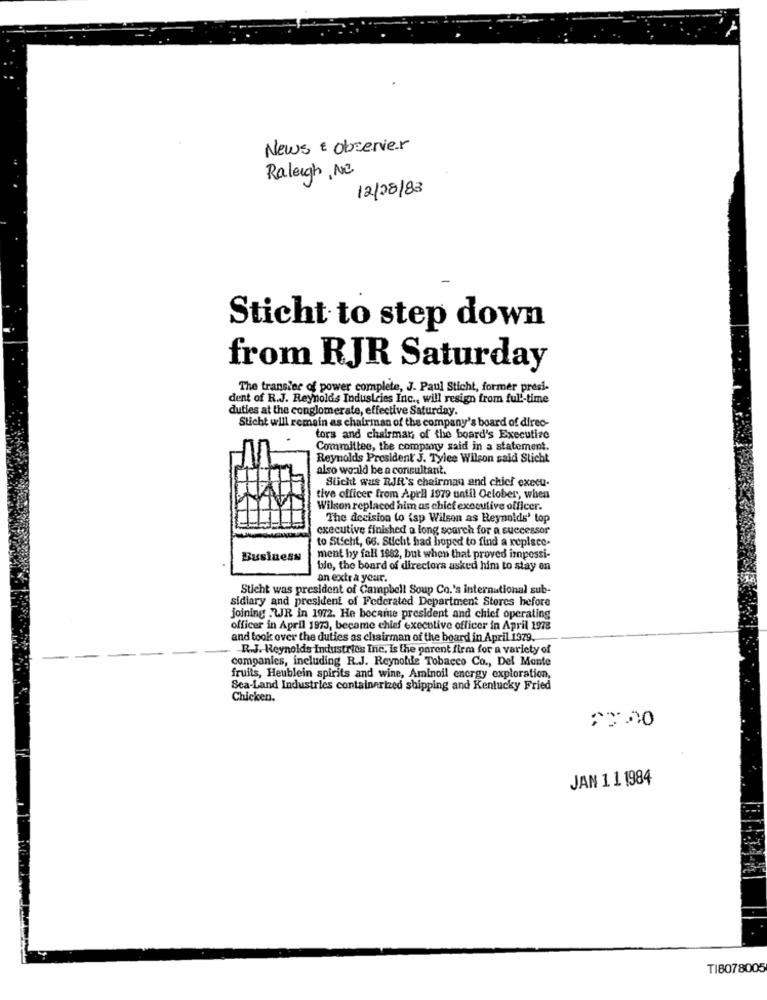
News & observer
Raleigh, NC.
12/08/83
Sticht to step down
from RJR Saturday
The transier of power complete, J. Paul Sticht, former presi-
dent of R.J. Reynolds Industries Inc ., will resign from full-time
duties at the conglomerate, effective Saturday.
Sticht will remain as chairman of the company's board of direc-
tors and chairman of the board's Executive
Committee, the company said in a statement.
Reynolds President J. Tylee Wilson said Sticht
also would be a consultant.
Sucht was RJR's chairman and chief execu-
tive officer from Aprll 1979 until October, when
Wilson replaced him as chief executive officer.
The decision to (sp Wilson as Reynolds' top
executive finished a long search for a successor
to Sticht, 66. Sticht had hoped to find a replace-
Business
ment by fall 1982, but when that proved impossi-
bie, the board of directors asked him to stay on
an extra your.
Sticht was president of Campbell Soup Co.'s international sub-
sidiary and president of Federated Department Stores before
joining .WIR in 1972. He became president and chief operating
officer in April 1973, became chief executive officer in April 1978
and took over the duties as chairman of the board in April 1379.
R.J. Reynolds Industries Inc. Is the parent firm for a variety of
companies, including R.J. Reynolife Tobacco Co ., Del Monte
fruits, Heublein spirits and wine, Aminoil energy exploration,
Sea-Land Industries containerized shipping and Kentucky Fried
Chicken.
JAN 1 1 1984
T18078005